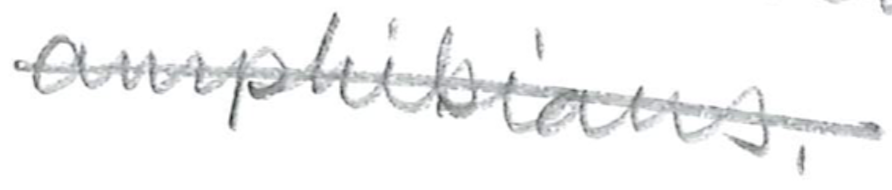
Text: amphibians.
Cross-out: mix
Writing tool: pencil